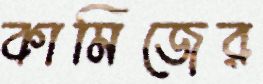
কামিজের